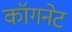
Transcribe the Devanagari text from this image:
कॉगनेट